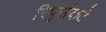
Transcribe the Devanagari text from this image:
रिपुसंकटे